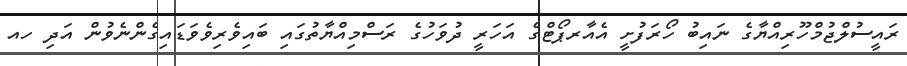
ރައީސުލްޖުމްހޫރިއްޔާގެ ނައިބު ހޯރަފުށީ އެއާރޕޯޓްގެ އަހަރީ ދުވަހުގެ ރަސްމިއްޔާތުގައި ބައިވެރިވެވަޑައިގެންނެވުން އަދި ހއ